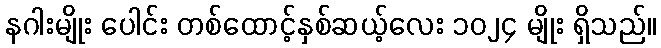
နဂါးမျိုး ပေါင်း တစ်ထောင့်နှစ်ဆယ့်လေး ၁၀၂၄ မျိုး ရှိသည်။